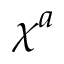
\chi ^ { a }